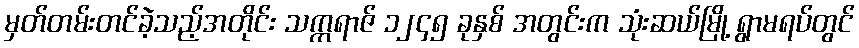
မှတ်တမ်းတင်ခဲ့သည့်အတိုင်း သက္ကရာဇ် ၁၂၄၅ ခုနှစ် အတွင်းက သုံးဆယ်မြို့ ရွာမရပ်တွင်